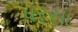
પરસા